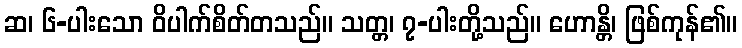
ဆ၊ ၆-ပါးသော ဝိပါက်စိတ်တသည်။ သတ္တ၊ ၇-ပါးတို့သည်။ ဟောန္တိ၊ ဖြစ်ကုန်၏။